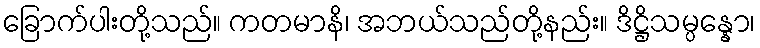
ခြောက်ပါးတို့သည်။ ကတမာနိ၊ အဘယ်သည်တို့နည်း။ ဒိဋ္ဌိသမ္ပန္နော၊